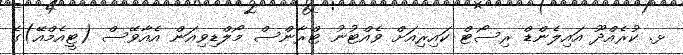
ޅ. ކުރެއްދޫ އައިލެންޑް ރިސޯޓް ކައިރިއަށް ވެއްޓުނު ޓްރާންސް މޯލްޑިވިއަން އެއާވޭސް (ޓީއެމްއޭ)ގެ